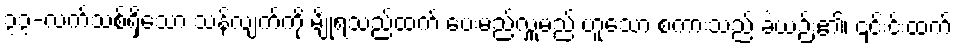
၃၃-လက်သစ်ရှိသော သန်လျက်ကို မျိုရသည်ထက် ပေးမည်လှူမည် ဟူသော စကားသည် ခဲယဉ်း၏၊ ၎င်းင်းထက်